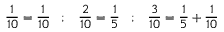
{ \frac { 1 } { 1 0 } } = { \frac { 1 } { 1 0 } } \; \; \; ; \; \; \; { \frac { 2 } { 1 0 } } = { \frac { 1 } { 5 } } \; \; \; ; \; \; \; { \frac { 3 } { 1 0 } } = { \frac { 1 } { 5 } } + { \frac { 1 } { 1 0 } }